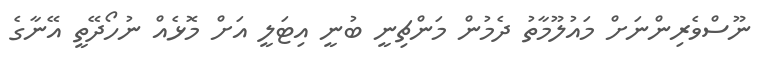
ނޫސްވެރިންނަށް މައުލޫމާތު ދެމުން މަންޗިނީ ބުނީ އިޓަލީ އަށް މޮޅެއް ނުހޯދޭތީ އޭނާގެ